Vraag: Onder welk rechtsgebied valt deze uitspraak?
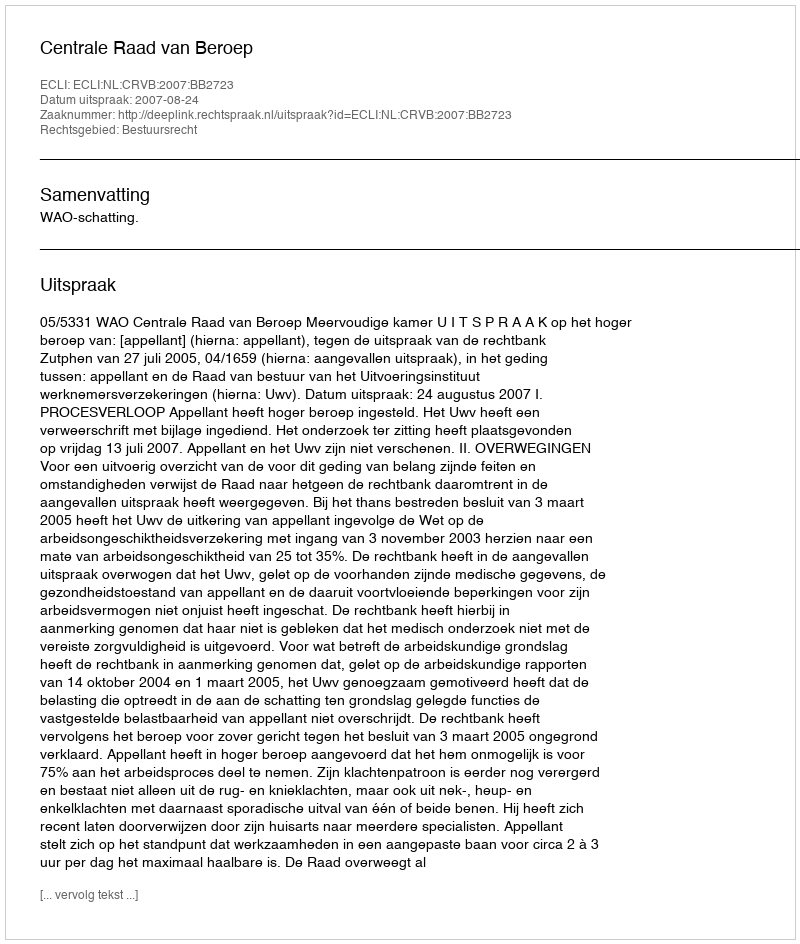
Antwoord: Bestuursrecht